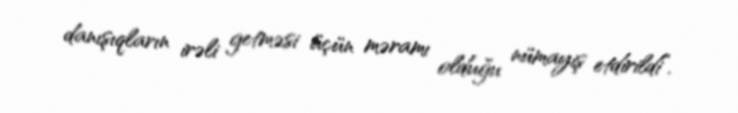
danışıqların irəli getməsi üçün məramı olduğu nümayiş etdirildi”.